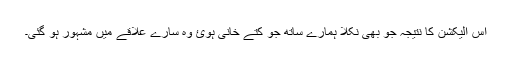
اس الیکشن کا نتیجہ جو بھی نکلا ہمارے ساتھ جو کتے خانی ہوئ وہ سارے علاقے میں مشہور ہو گئی۔